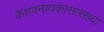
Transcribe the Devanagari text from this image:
केशवनायकासारख्या